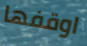
اوقفها